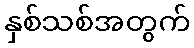
နှစ်သစ်အတွက်